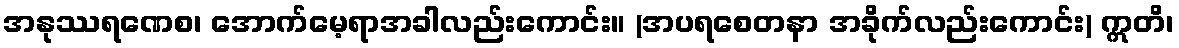
အနုဿရဏေစ၊ အောက်မေ့ရာအခါလည်းကောင်း။ (အပရစေတနာ အခိုက်လည်းကောင်း) ဣတိ၊